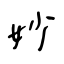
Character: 妙